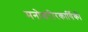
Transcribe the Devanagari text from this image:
मनोशरीरकार्यिकी